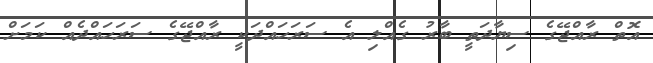
އޮތް ރާއްޖޭގެ ސިޔާދަތީ ބާރު ގެއްލި އެ ސަރަހައްދަކީ ރާއްޖޭގެ ސަރަހައްދެއް ކަމަށް